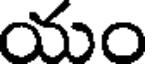
యం